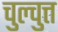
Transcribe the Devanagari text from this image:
चुल्चुत्त